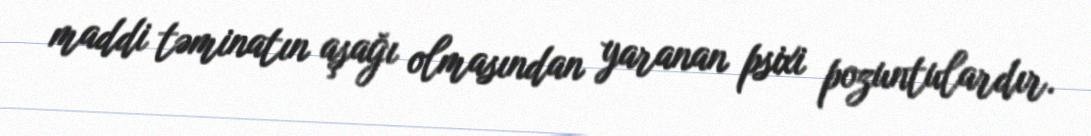
maddi təminatın aşağı olmasından yaranan psixi pozuntulardır.